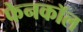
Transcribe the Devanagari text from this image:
फेनकॉल